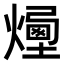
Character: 𤏯